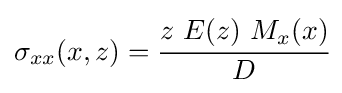
\sigma _{xx}(x,z)={\cfrac {z~E(z)~M_{x}(x)}{D}}